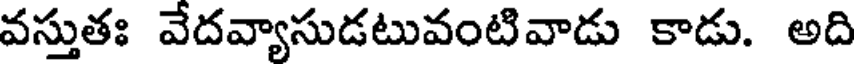
వస్తుతః వేదవ్యాసుడటువంటివాడు కాడు. అది